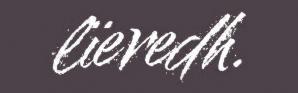
lïeredh.